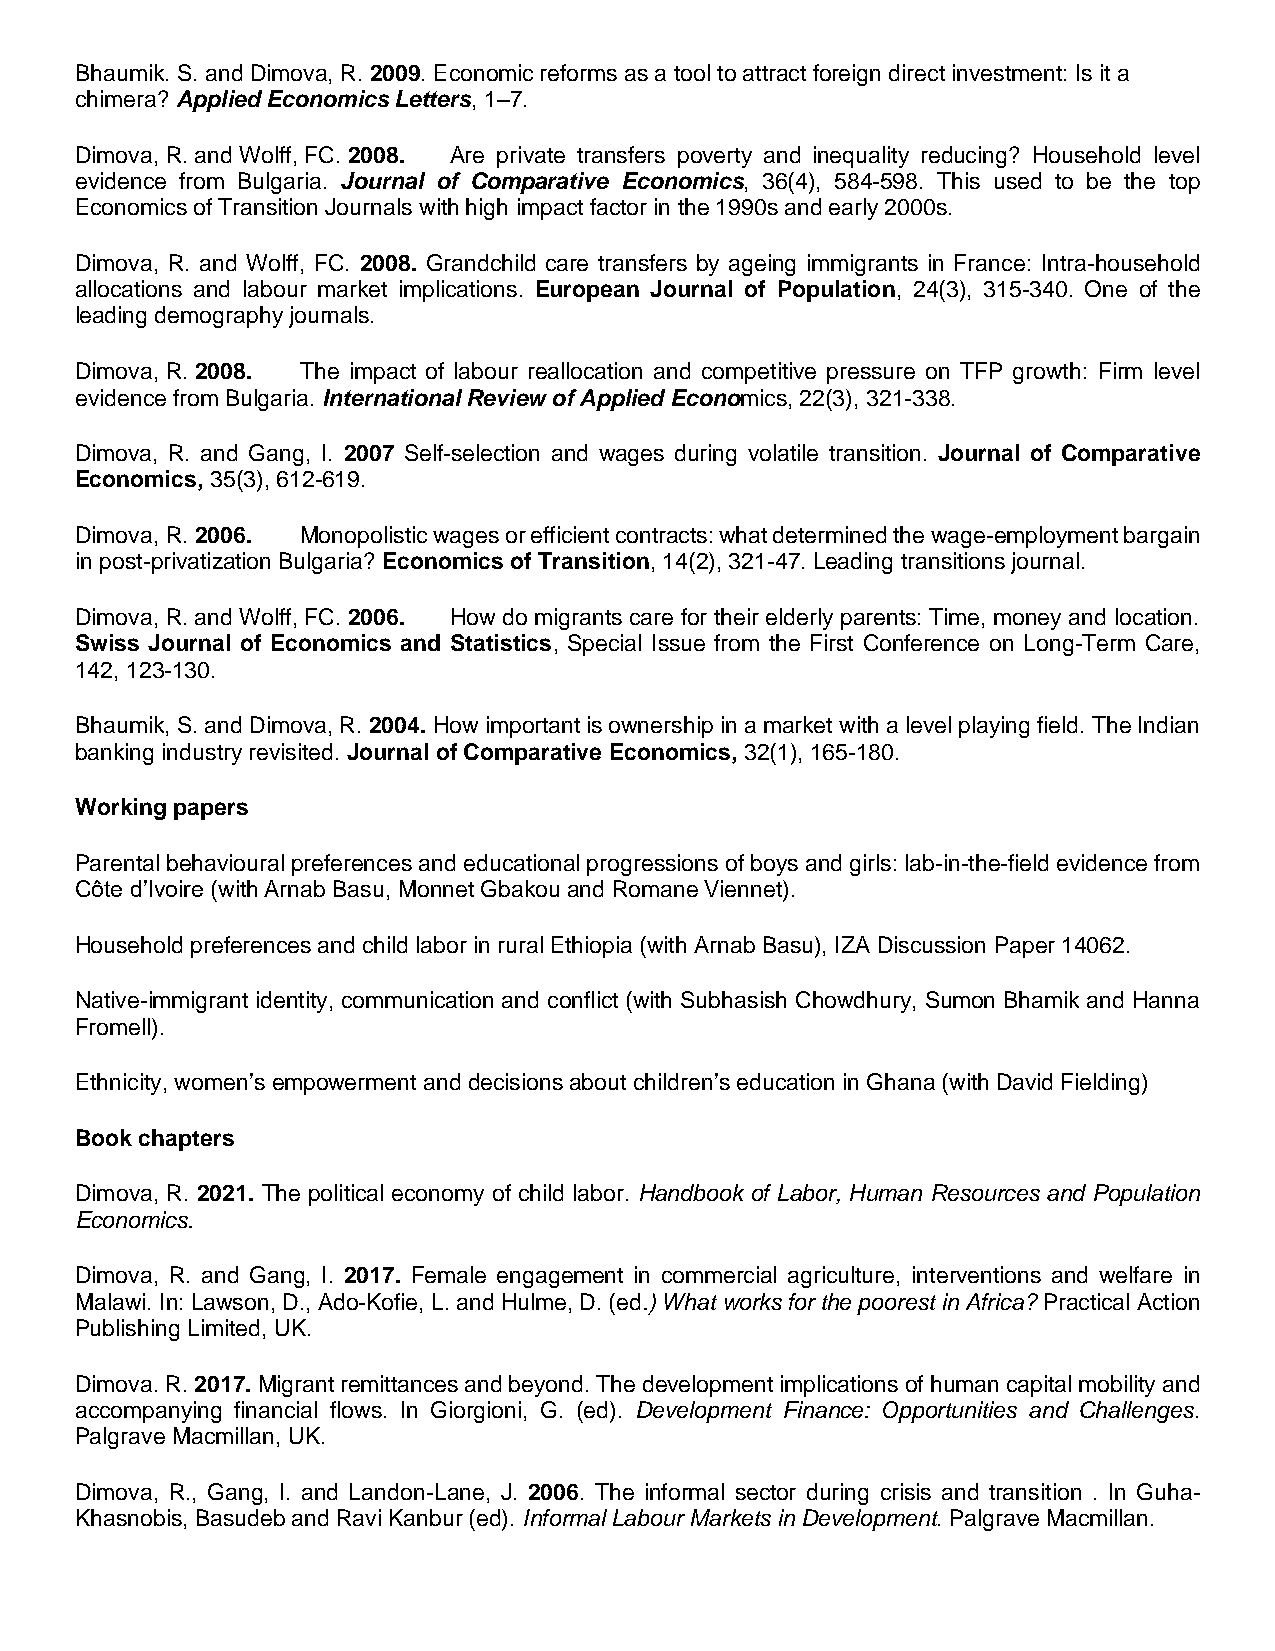
Bhaumik. S. and Dimova, R. 2009. Economic reforms as a tool to attract foreign direct investment: Is it a
 chimera? Applied Economics Letters, 1–7.
 Dimova, R. and Wolff, FC. 2008. Are private transfers poverty and inequality reducing? Household level
 evidence from Bulgaria. Journal of Comparative Economics, 36(4), 584-598. This used to be the top
 Economics of Transition Journals with high impact factor in the 1990s and early 2000s.
 Dimova, R. and Wolff, FC. 2008. Grandchild care transfers by ageing immigrants in France: Intra-household
 allocations and labour market implications. European Journal of Population, 24(3), 315-340. One of the
 leading demography journals.
 Dimova, R. 2008. The impact of labour reallocation and competitive pressure on TFP growth: Firm level
 evidence from Bulgaria. International Review of Applied Economics, 22(3), 321-338.
 Dimova, R. and Gang, I. 2007 Self-selection and wages during volatile transition. Journal of Comparative
 Economics, 35(3), 612-619.
 Dimova, R. 2006. Monopolistic wages or efficient contracts: what determined the wage-employment bargain
 in post-privatization Bulgaria? Economics of Transition, 14(2), 321-47. Leading transitions journal.
 Dimova, R. and Wolff, FC. 2006. How do migrants care for their elderly parents: Time, money and location.
 Swiss Journal of Economics and Statistics, Special Issue from the First Conference on Long-Term Care,
 142, 123-130.
 Bhaumik, S. and Dimova, R. 2004. How important is ownership in a market with a level playing field. The Indian
 banking industry revisited. Journal of Comparative Economics, 32(1), 165-180.
 Working papers
 Parental behavioural preferences and educational progressions of boys and girls: lab-in-the-field evidence from
 Côte d’Ivoire (with Arnab Basu, Monnet Gbakou and Romane Viennet).
 Household preferences and child labor in rural Ethiopia (with Arnab Basu), IZA Discussion Paper 14062.
 Native-immigrant identity, communication and conflict (with Subhasish Chowdhury, Sumon Bhamik and Hanna
 Fromell).
 Ethnicity, women’s empowerment and decisions about children’s education in Ghana (with David Fielding)
 Book chapters
 Dimova, R. 2021. The political economy of child labor. Handbook of Labor, Human Resources and Population
 Economics.
 Dimova, R. and Gang, I. 2017. Female engagement in commercial agriculture, interventions and welfare in
 Malawi. In: Lawson, D., Ado-Kofie, L. and Hulme, D. (ed.) What works for the poorest in Africa? Practical Action
 Publishing Limited, UK.
 Dimova. R. 2017. Migrant remittances and beyond. The development implications of human capital mobility and
 accompanying financial flows. In Giorgioni, G. (ed). Development Finance: Opportunities and Challenges.
 Palgrave Macmillan, UK.
 Dimova, R., Gang, I. and Landon-Lane, J. 2006. The informal sector during crisis and transition . In Guha-
 Khasnobis, Basudeb and Ravi Kanbur (ed). Informal Labour Markets in Development. Palgrave Macmillan.